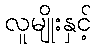
လူမျိုးနှင့်